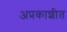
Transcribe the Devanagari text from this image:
अप्रकाशीत